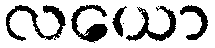
လယော